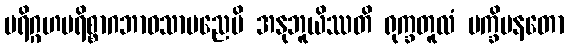
ပရိဂ္ဂဟပရိစ္စာဂဘာဝသာမညေပိ အနုဘူယိဿတိ ရုက္ခတူလံ ပက္ခိပနတော